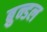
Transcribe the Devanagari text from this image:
ब्रुन्डल